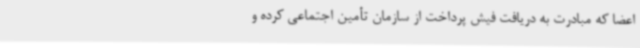
اعضا که مبادرت به دریافت فیش پرداخت از سازمان تأمین اجتماعی کرده و